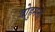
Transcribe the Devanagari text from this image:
वोहुमनो